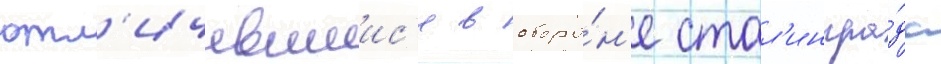
отл'ичившиис'я в оборо́н'е стал'ингра́да